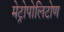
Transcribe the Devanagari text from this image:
मेट्रोपोलिटोण